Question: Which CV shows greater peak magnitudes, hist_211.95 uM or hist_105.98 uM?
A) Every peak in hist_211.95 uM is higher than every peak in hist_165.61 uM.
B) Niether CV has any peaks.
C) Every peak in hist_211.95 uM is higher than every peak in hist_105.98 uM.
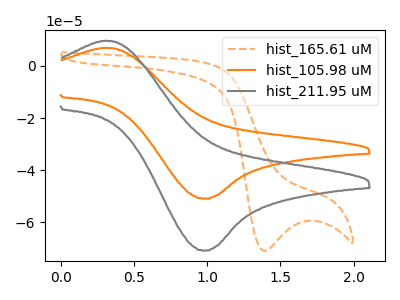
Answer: <think>The orange dashed curve "hist_165.61 uM" has a cathodic peak at: (1.40V, -70.95uA). The orange curve "hist_105.98 uM" has an anodic peak at (0.30V, 6.95uA) and a cathodic peak at (1.00V, -50.95uA). The gray curve "hist_211.95 uM" has an anodic peak at (0.30V, 9.65uA) and a cathodic peak at (1.00V, -70.90uA).</think>
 <answer>C) Every peak in "hist_211.95 uM" is higher than every peak in "hist_105.98 uM".</answer>
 <eval>C</eval>